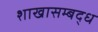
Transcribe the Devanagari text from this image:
शाखासम्बद्ध